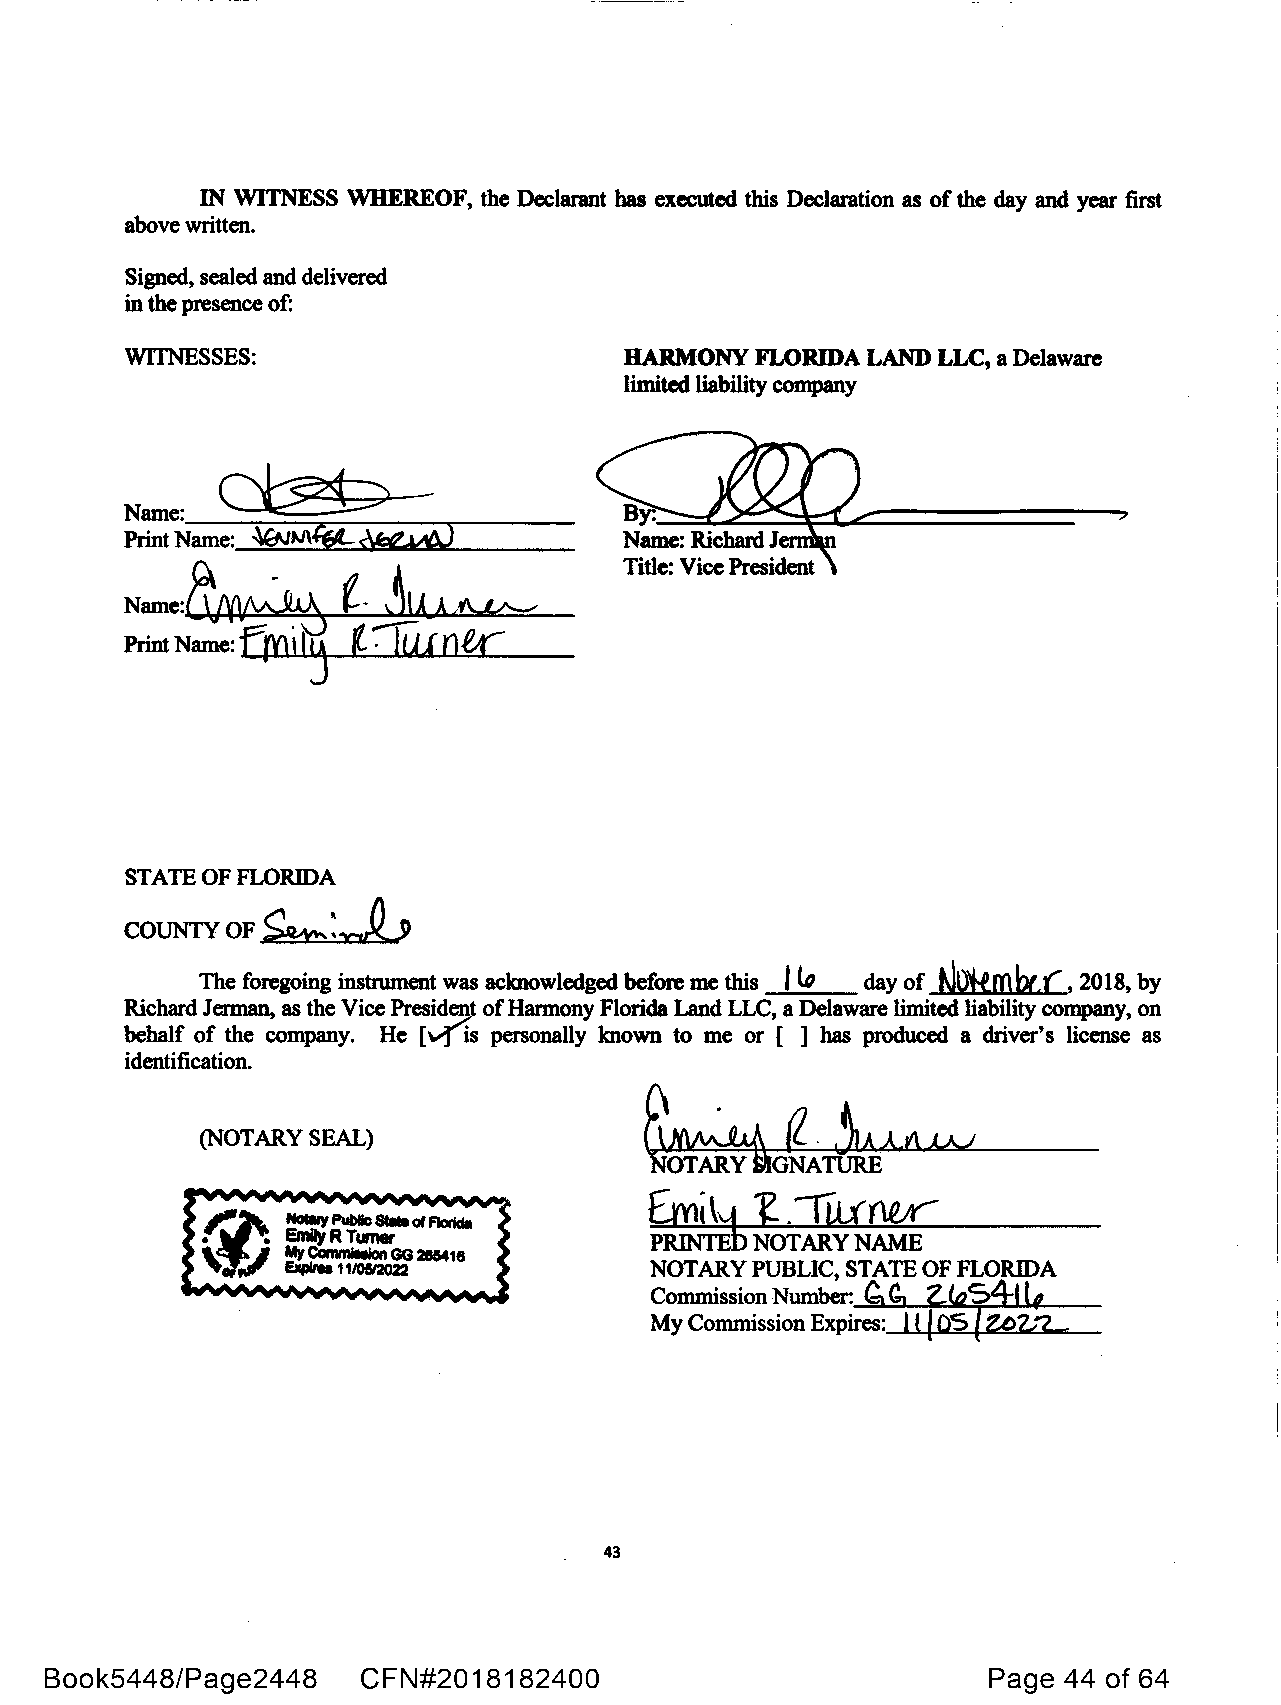
IN WITNESS WHEREOF, the Declarant has executed this Declaration as of the day and year first
 above written.
 Signed, sealed and delivered
 in the presence of:
 WITNESSES:                       HARMONY  FLORIDA LAND LLC, a Delaware
 limited liability company
 Name:~                             .::::::::::::£.-~~;::::f...e::::=.=========---:­
 B
 Print Name: ~M4t[.~              Name: Richard J
 t.Ji_A            Title: Vice President
 Name:~               AdVA--c
 t .
 frniI~    I
 UJntr""
 Print Name:
 STATE OF FLORIDA
 ~:xl.,
 COUNTY OF
 The foregoing instrument was acknowledged before me this
 Ito
 day of
 tJo'i:f,mbt,(,
 2018, by
 Richard Jennan, as the Vice President of Harmony Florida Land LLC, a Delaware limited liability company, on
 behalf of the company. He ["1'is personally known to me or [ ] has produced a driver's license as
 identification.
 (NOTARY SEAL)
 NOTARY  GNATURE
 £ml    t .,u.tn.e.,,r
 \\-1
 PRINTEb NOTARY NAME
 NOTARY PUBLIC, STATE OF FLORIDA
 Commission Number: ~ Ci ~S~~
 My Commission Expires: l l {
 43
 Book5448/Page2448    CFN#2018182400                           Page 44 of 64